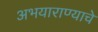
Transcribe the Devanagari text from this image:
अभयाराण्याचे